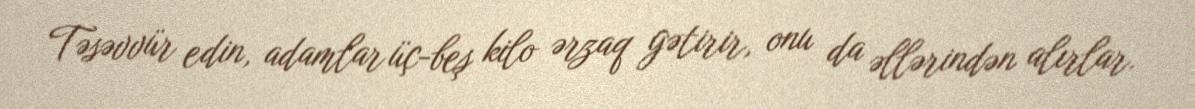
Təsəvvür edin, adamlar üç-beş kilo ərzaq gətirir, onu da əllərindən alırlar.